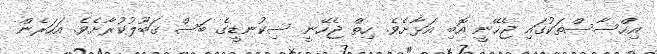
އިހްސާސްތަކުގައި ޖެހޭނީ އޮބި އަޅާށެވެ. ހިތް ޖެހޭނީ ސިކުނޑީގެ ބަސް ޤަބޫލުކުރާށެވެ. އަހަރެން